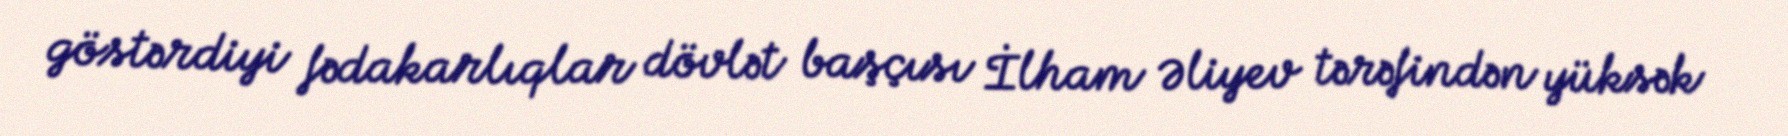
göstərdiyi fədakarlıqlar dövlət başçısı İlham Əliyev tərəfindən yüksək